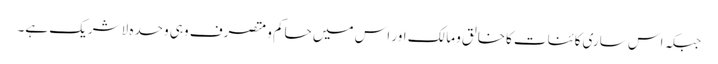
جبکہ اس ساری کائنات کاخالق ومالک اور اس میں حاکم ومتصرف وہی وحدہ لاشریک ہے۔